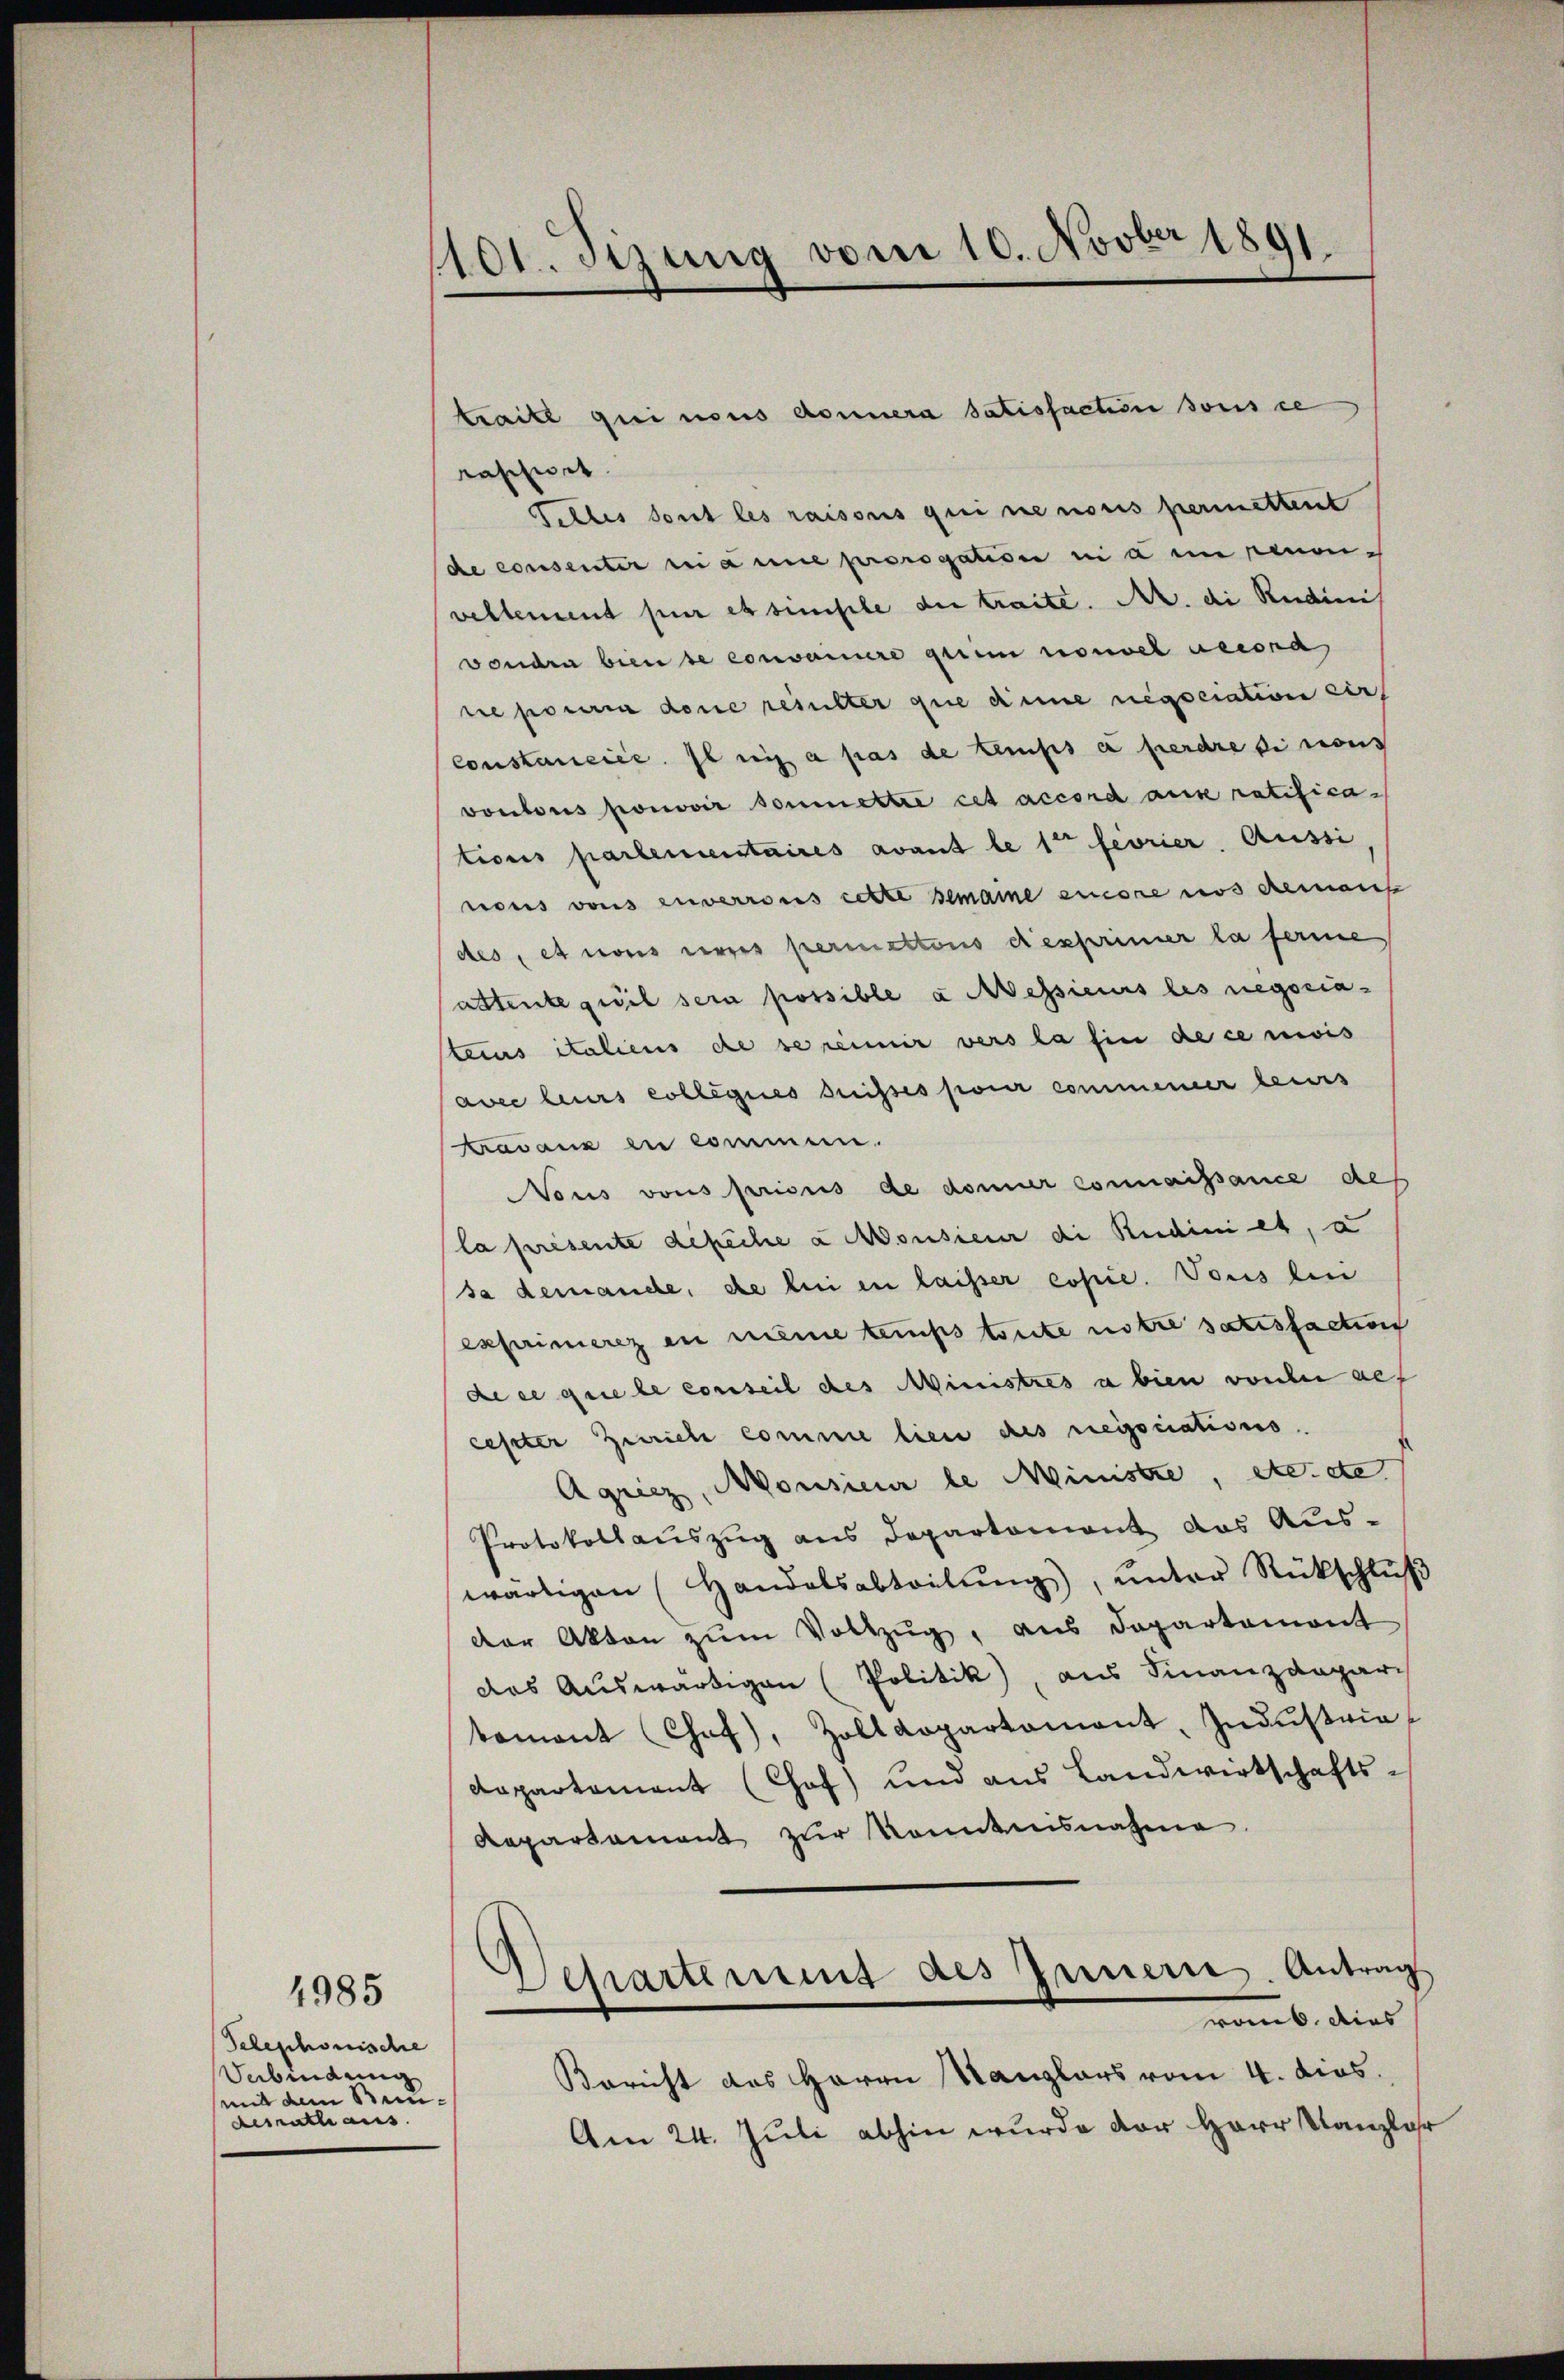
Telephonische
Sebindung
mit dem Bundesrath aus

4985

1101. Sizung vom 10. Novber 1891.

trait qui nous donnera satisfaction sous ce
raschiet.
Telles dont les raisons qui ne noris perimettent
de consenter ni anne prorogation ni a im renonivellement per es simple die traite. Nr. di Rudinis
voudra bien se conveniere gerin nouvel decora
ne pourra done resulter que dinne negociation cir
Constancice se ni a pas de temps et perdre si cons
vontous promovir soumettre cet accord ause ratifications partementaires avant le 1ten feorier. Aussi,
nous vons enverrons cette gemaine encore nos demans
des, et nons corres permettons desprimier la ferme
attente qu’il sera possible à Messieurs les negociateius italiens de se remir vers la sie de censis
avec leurs collegies dreisses pour commener leurs
Badans zu kommen.
Nous vons prisus de donner connaissance des
la presente defeche u Monsieur die Redini et, a
sa demande, die bei in laisser copie. Vous len
exprimerz in meine temps toute notre satisfaction
de ce que le conseil des Ministres a bien vorher auf
cester Zürich comme lien des negociations
Aquiez, Monsieur le Ministre, etc. etc.
Protokollauszug aus Departement das Aus-
wärtigen (Handelsabteilŭng ŭnter Rückschlŭβ
der Akten zŭm Vollzŭg, aus Departamant
das Auswärtigen (Politik), aus Finanzdepar-
tament Chaf), Zolldepartament, Indŭstria-
departement (Chof) und aus Landwirtschafts-
Repartament zur Kenntnisnahme
Separtement des Innern. Antrag
ronb. dies
Bericht des Herrn Kanzlers vom 4. dies.
Am 24. Juli abhin wurde der Herr Kanzler